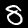
Digit: 8